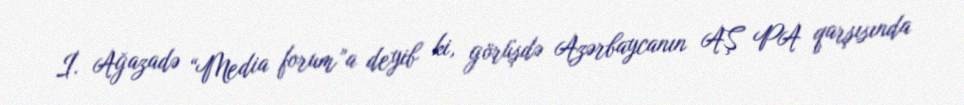
İ. Ağazadə “Media forum”a deyib ki, görüşdə Azərbaycanın AŞ PA qarşısında